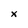
Character: x